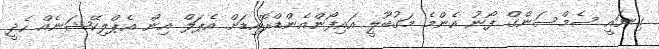
ގިނައީ ސެމްސަންގް ފޯނު އެންމެ މަގުބޫލީ އައިފޯންއެންޑްރޮއިޑަށް އެޕަލް އިން އެޕްލިކޭޝަނެއް ހެދީ